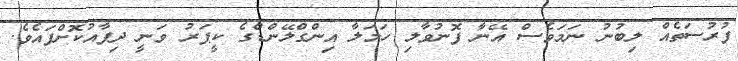
ފުރުސަތެއް ލިބުނު ނަމަވެސް އޭނާ ފޮނުވާލި ހަމަލާ އިންގްލޭންޑްގެ ކީޕަރު ވަނީ ދިފާއުކޮށްފައެވެ.